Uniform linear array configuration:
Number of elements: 24
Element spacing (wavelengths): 0.5
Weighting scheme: uniform
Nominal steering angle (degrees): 60
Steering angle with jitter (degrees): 61.791
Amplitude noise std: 0.05
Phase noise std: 0.05

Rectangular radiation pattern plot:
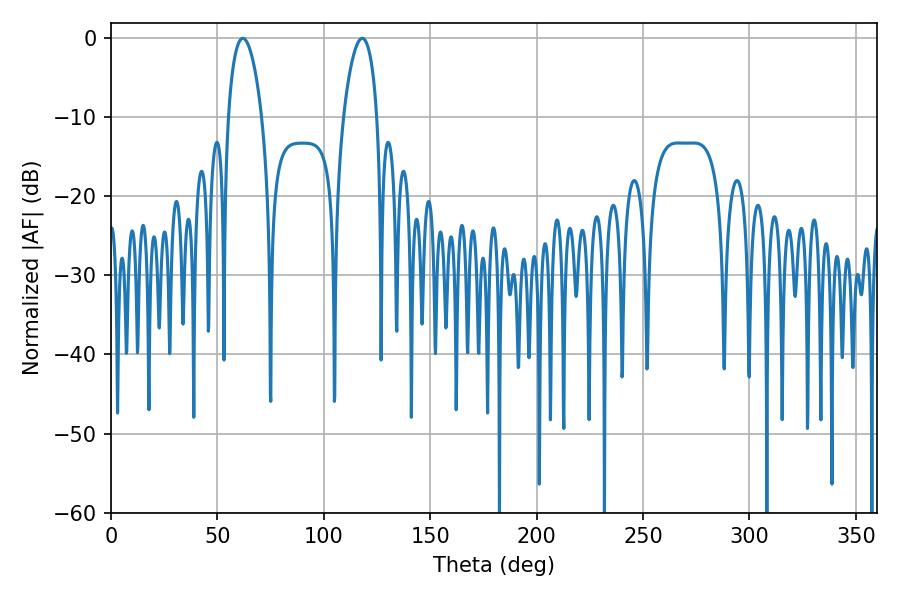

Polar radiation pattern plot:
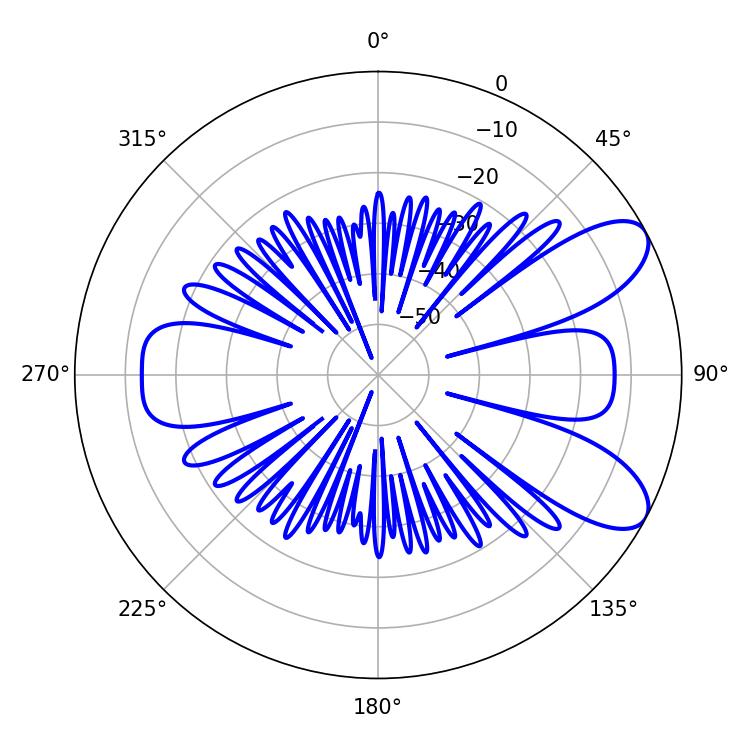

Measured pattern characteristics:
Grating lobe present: FALSE
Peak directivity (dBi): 8.404
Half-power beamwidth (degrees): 9
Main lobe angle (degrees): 61.92